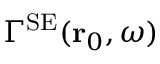
\Gamma ^ { \mathrm { S E } } ( { \bf r } _ { 0 } , \omega )